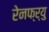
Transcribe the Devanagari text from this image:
रेनफ्र्यु